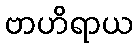
ဗာဟိရာယ